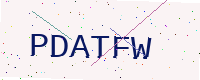
Text: PDATFW